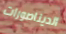
الديناصورات